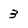
Character: 3